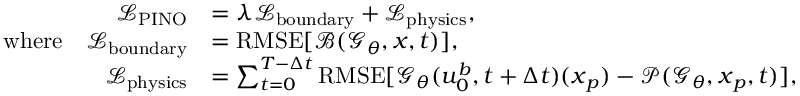
\begin{array} { r l } { \mathcal { L } _ { \operatorname { P I N O } } } & { = \lambda \mathcal { L } _ { \operatorname { b o u n d a r y } } + \mathcal { L } _ { \operatorname { p h y s i c s } } , } \\ { \mathrm { w h e r e } \quad \mathcal { L } _ { \operatorname { b o u n d a r y } } } & { = \operatorname { R M S E } [ \mathcal { B } ( \mathcal { G } _ { \theta } , \boldsymbol { x } , t ) ] , } \\ { \mathcal { L } _ { \operatorname { p h y s i c s } } } & { = \sum _ { t = 0 } ^ { T - \Delta t } \operatorname { R M S E } [ \mathcal { G } _ { \theta } ( u _ { 0 } ^ { b } , t + \Delta t ) ( \boldsymbol { x } _ { p } ) - \mathcal { P } ( \mathcal { G } _ { \theta } , \boldsymbol { x } _ { p } , t ) ] , } \end{array}